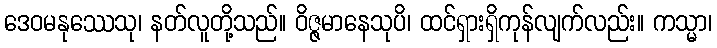
ဒေဝမနုဿေသု၊ နတ်လူတို့သည်။ ဝိဇ္ဇမာနေသုပိ၊ ထင်ရှားရှိကုန်လျက်လည်း။ ကသ္မာ၊